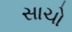
સાચો